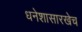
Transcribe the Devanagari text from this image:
धनेशासारखेच